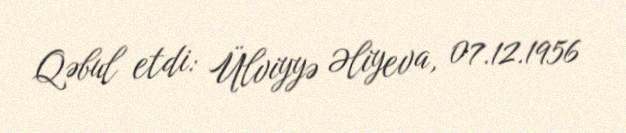
Qəbul etdi: Ülviyyə Əliyeva, 07.12.1956